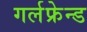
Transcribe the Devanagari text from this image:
गर्लफ्रेन्ड